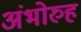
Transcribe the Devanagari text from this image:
अंभोरुह